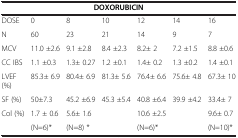
<table><thead><tr><td colspan="7"><b>DOXORUBICIN</b></td></tr></thead><tbody><tr><td>DOSE</td><td>0</td><td>8</td><td>10</td><td>12</td><td>14</td><td>16</td></tr><tr><td>N</td><td>60</td><td>23</td><td>21</td><td>14</td><td>9</td><td>7</td></tr><tr><td>MCV</td><td>11.0 ±2.6</td><td>9.1 ±2.8</td><td>8.4 ±2.3</td><td>8.2± 2</td><td>7.2 ±1.5</td><td>8.8 ±0.6</td></tr><tr><td>CC IBS</td><td>1.1 ±0.3</td><td>1.3± 0.27</td><td>1.2 ±0.1</td><td>1.4± 0.2</td><td>1.3 ±0.2</td><td>1.4 ±0.1</td></tr><tr><td>LVEF (%)</td><td>85.3± 6.9</td><td>80.4± 6.9</td><td>81.3± 5.6</td><td>76.4± 6.6</td><td>75.6± 4.8</td><td>67.3± 10</td></tr><tr><td>SF (%)</td><td>50±7.3</td><td>45.2 ±6.9</td><td>45.3 ±5.4</td><td>40.8 ±6.4</td><td>39.9 ±4.2</td><td>33.4± 7</td></tr><tr><td>Col (%)</td><td>1.7 ± 0.6</td><td>5.6± 1.6</td><td> </td><td>10.6 ±2.5</td><td> </td><td>9.6± 0.7</td></tr><tr><td> </td><td>(N=6)*</td><td>(N=8) *</td><td> </td><td>(N=6)*</td><td> </td><td>(N=10)*</td></tr></tbody></table>